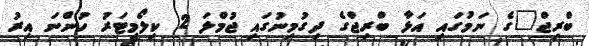
ބްރިޖް"ގެ ނަމުގައި އަޅާ ބްރިޖްގެ ދިގުމިނުގައި ޖުމްލަ 2 ކިލޯމީޓަރު ހުންނަ އިރު